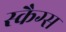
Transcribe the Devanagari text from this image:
स्कैग्स